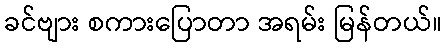
ခင်ဗျား စကားပြောတာ အရမ်း မြန်တယ်။